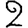
Digit: 2